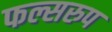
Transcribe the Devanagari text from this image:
फल्सरुप